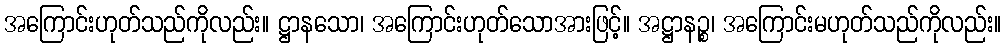
အကြောင်းဟုတ်သည်ကိုလည်း။ ဋ္ဌာနသော၊ အကြောင်းဟုတ်သောအားဖြင့်။ အဋ္ဌာနဉ္စ၊ အကြောင်းမဟုတ်သည်ကိုလည်း။